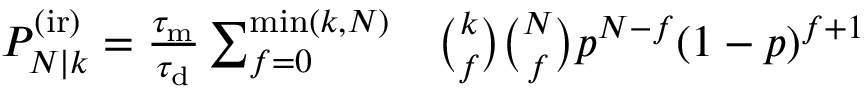
\begin{array} { r l } { P _ { N | k } ^ { \mathrm { ( i r ) } } = \frac { \tau _ { \mathrm { m } } } { \tau _ { \mathrm { d } } } \sum _ { f = 0 } ^ { \operatorname* { m i n } ( k , N ) } } & { { } \binom { k } { f } \binom { N } { f } p ^ { N - f } ( 1 - p ) ^ { f + 1 } } \end{array}